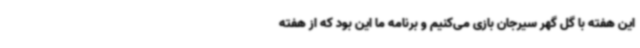
این هفته با گل گهر سیرجان بازی می‌کنیم و برنامه ما این بود که از هفته